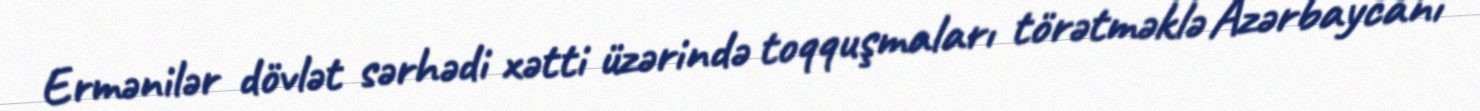
Ermənilər dövlət sərhədi xətti üzərində toqquşmaları törətməklə Azərbaycanı